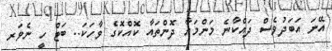
އޭނަ އަބަދުވެސް ދައްކާނެ މަންމައާ ދޮންތައާ ކޮއްކޮގެ ވާހަކަ.. ބަޓް ހީ ނެވަރ